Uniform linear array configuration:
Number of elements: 64
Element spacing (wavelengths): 0.75
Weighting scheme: blackman
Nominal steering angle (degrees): -60
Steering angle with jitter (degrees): -60.752
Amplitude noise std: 0.05
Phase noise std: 0.05

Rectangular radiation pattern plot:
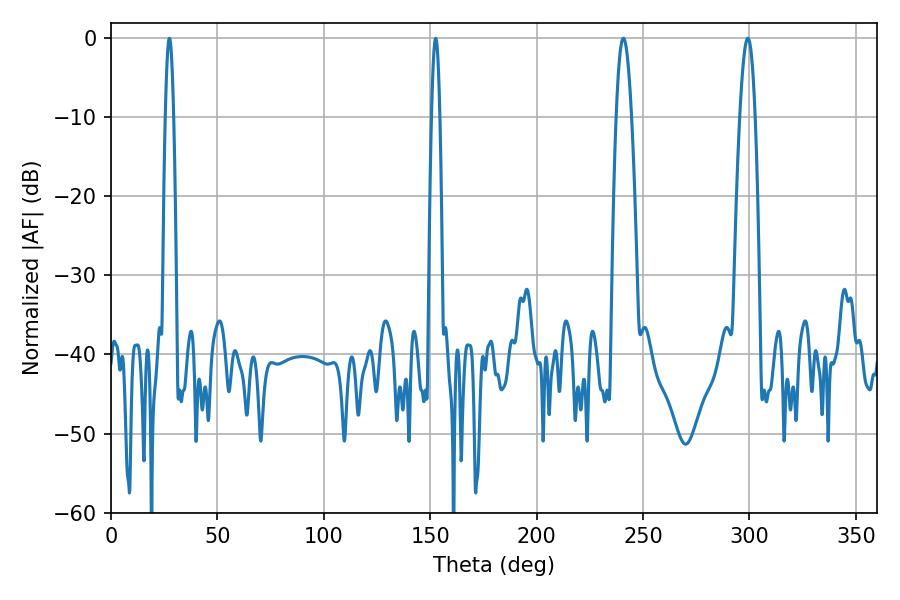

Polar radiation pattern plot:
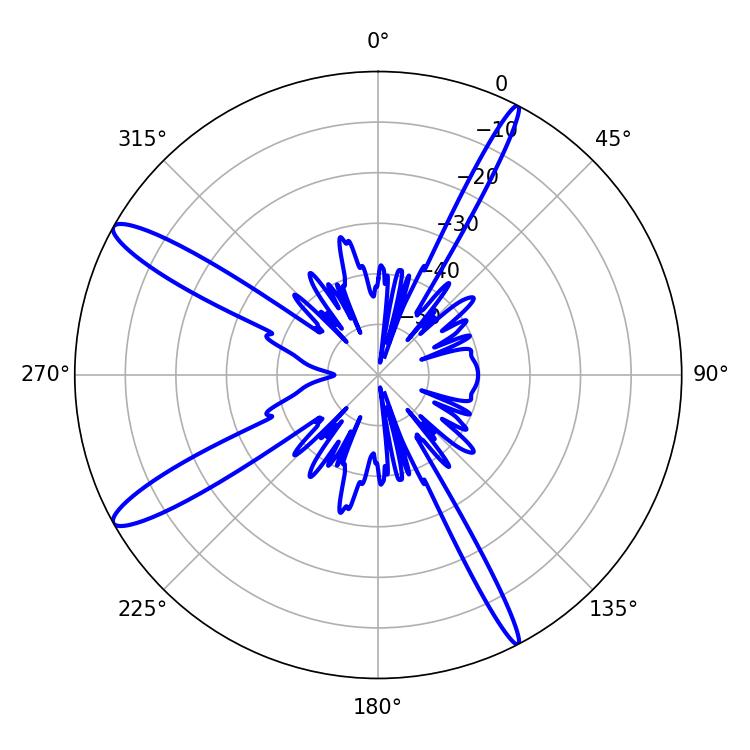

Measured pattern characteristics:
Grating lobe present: TRUE
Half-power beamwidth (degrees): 3.96
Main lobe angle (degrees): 299.16